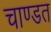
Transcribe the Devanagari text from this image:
चाण्डत